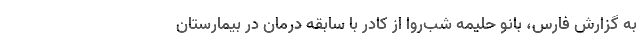
به گزارش فارس، بانو حلیمه شب‌روا از کادر با سابقه درمان در بیمارستان